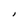
Character: l